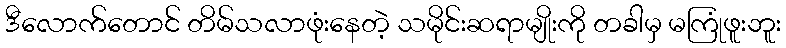
ဒီလောက်တောင် တိမ်သလာဖုံးနေတဲ့ သမိုင်းဆရာမျိုးကို တခါမှ မကြုံဖူးဘူး